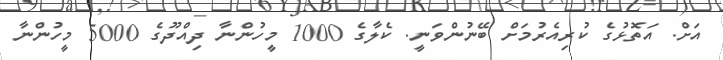
އަށް. އަތޮޅުގެ ކުރިއެރުމަށް ބޭނުންވަނީ. ކެލާގެ 1000 މީހުންނާ ދިއްދޫގެ 5000 މީހުންނާ